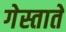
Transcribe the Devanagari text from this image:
गेस्ताते